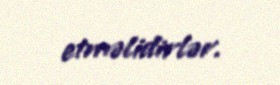
etməlidirlər.